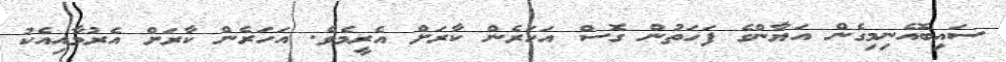
ސައިބޮއެނިމިގެން އަޔާންގެ ފަހަތުން ގޮސް އަހަރެން ކާރަށް އެރީމެވެ. އަހަރެން ކާރަށް އެރުމާއިއެކު